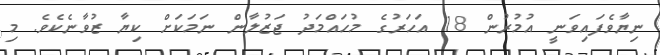
ނިޔާވެފައިވަނީ އުމުރުން 18 އަހަރުގެ މުހައްމަދު ޖަޒުލާން ނަމަކަށް ކިޔާ ޒުވާނެކެވެ. މި